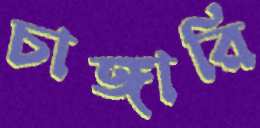
চাঙ্গারি